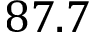
8 7 . 7